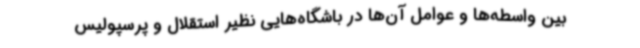
بین واسطه‌ها و عوامل آن‌ها در باشگاه‌هایی نظیر استقلال و پرسپولیس